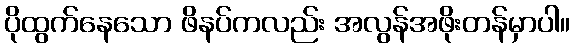
ပိုထွက်နေသော ဖိနပ်ကလည်း အလွန်အဖိုးတန်မှာပါ။